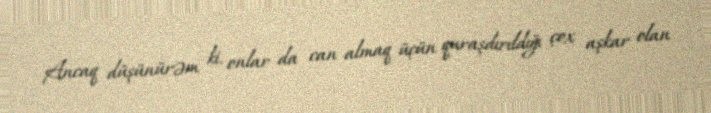
Ancaq düşünürəm ki, onlar da can almaq üçün quraşdırıldığı çox aşkar olan